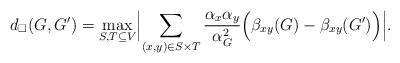
LaTeX: \begin{align*}d_\square(G,G')=\max_{S,T\subseteq V}\Bigl|\sum_{(x,y)\in S\times T}\frac{\alpha_x\alpha_y}{\alpha_G^2} \Bigl(\beta_{xy}(G)-\beta_{xy}(G')\Bigr)\Bigr|.\end{align*}